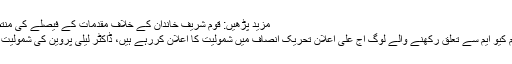
مزید پڑھیں: قوم شریف خاندان کے خلاف مقدمات کے فیصلے کی منتظرہے: عمران خان
اُن کا کہنا تھا کہ ایم کیو ایم سے تعلق رکھنے والے لوگ آج علی اعلان تحریک انصاف میں شمولیت کا اعلان کررہے ہیں، ڈاکٹر لیلی پروین کی شمولیت تبدیلی کا نشان ہے۔